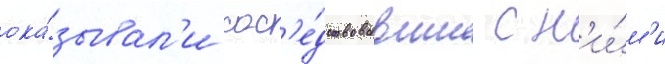
ока́зывал'и сос'е́дствовавшие с н'и́м'и